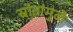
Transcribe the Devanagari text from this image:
स्रोतांमुळे